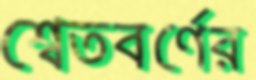
শ্বেতবর্ণের